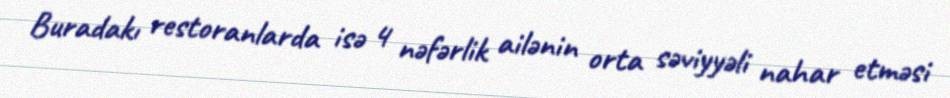
Buradakı restoranlarda isə 4 nəfərlik ailənin orta səviyyəli nahar etməsi